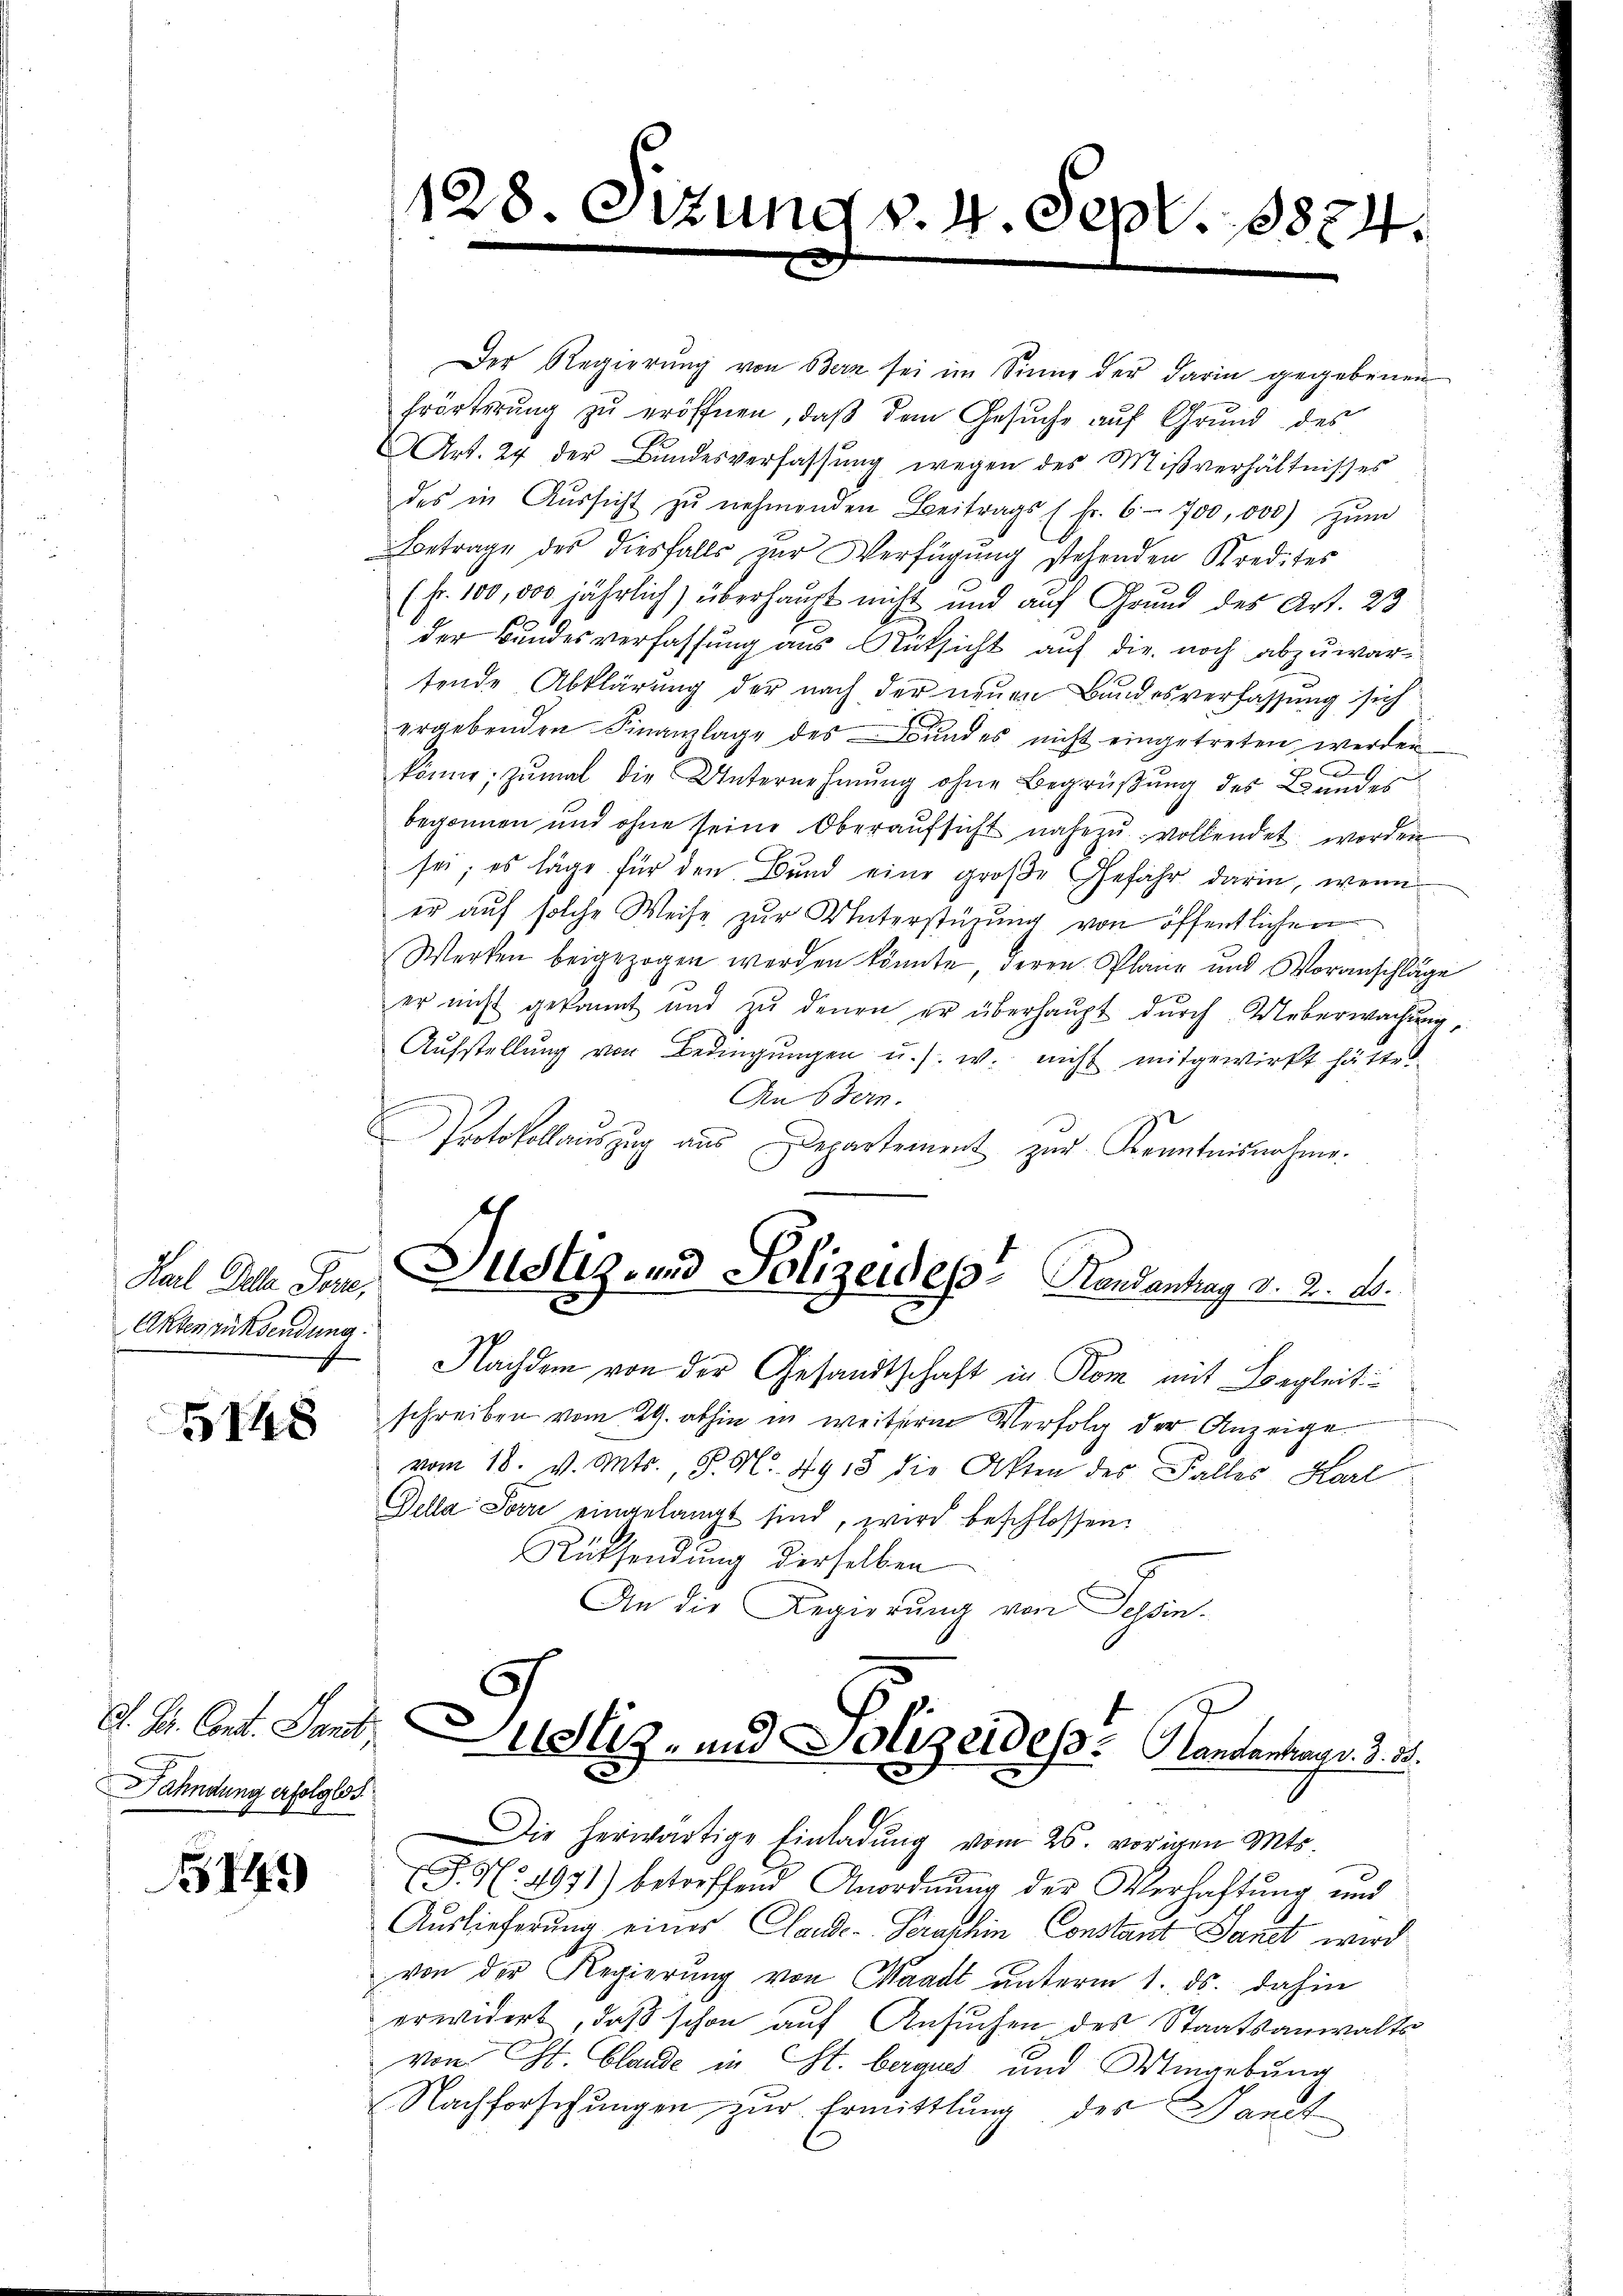
Akten rücksendung.

5148

m

Bahndung erfolglos

144

128. Ottung v. 4. Sept. 18874.

Der Regierŭng von Bern sei im Sinne der darin gegebenen
Erörterung zŭ eröffnen, daβ dem Gesŭche auf Grund des
Art. 24 der Bundesverfassŭng wegen des Mißverhältnißes
des in Aŭssicht zŭ nehmenden Beitrags (fr. 6-700,000) zŭm
Betrage des diesfalls zur Verfügŭng stehenden Kredites
(Fr. 100,000 jährlich überhaupt nicht und auf Grund des Art. 23
der Bundesverfassung aus Rüksicht auf die noch abzuwartende Abklärung der nach der neuen Bundesverfassung sich
ergebenden Finanzlage des und es nicht eingetreten werden
könne; zumal die Unternehmung ohne Begrüßung des Bundes
begonnen und ohne seine Oberaŭfsicht nahezu vollendet worden
sei; es läge für den Bund eine große Gefähr darin, wenn
er auf solche Weise zur Unterstüzung von öffentlichen
Werken beigezogen werden könnte, deren Plane und Voranschläge
er nicht gekannt und zŭ denen er überhaŭpt dŭrch Ueberwachŭng
Aufstellung von Bedingungen u. s. w. nicht mitgewirkt hätte.
An Bern.
Protokollauszug aus Departement zŭr Kenntnisnahme.
Karl Alle Senn, Dustiz- und Polizeides Randantrag d. 2. ds.
Nachdem von der Gesandtschaft in Rom mit Begleit
schreiben vom 29. abhin in weitere Verfolg der Anzeige
vom 18. v. Mts., S. N. 4918 die Akten des Falles Karl
Della Sowie eingelangt sind, wird beschlossen.
Rücksendung derselben
An die Regierung von Schan¬

S. S. 4971) betreffend Anordnŭng der Verhaftung und
Auslieferung eines Claude-Serashin Constant Sanct wird
von der Regierŭng von Waadt ŭnterm 1. ds. dahin
erwidert, daß schon auf Ansuchen des Staatsanwalts
von Chr. Claude in St. Bergus und Umgebung
Nachforschungen zur Ermittlung des Sanit

d. B. Const. Land Justiz- und Polizeidess. Handantung v. 3. 35.
d
Die herwärtige Einladŭng vom 26. vorigen Mts.